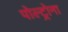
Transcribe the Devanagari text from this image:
पोल्ट्रोना